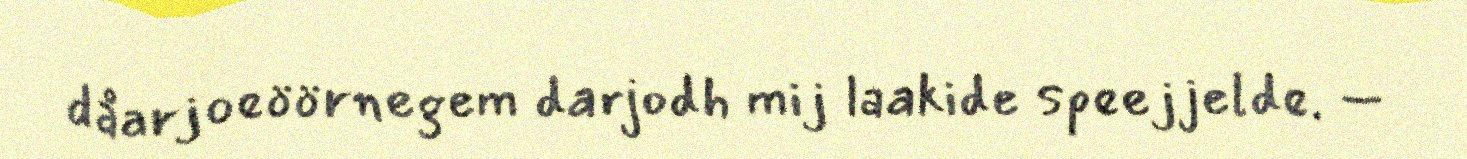
dåarjoeöörnegem darjodh mij laakide speejjelde. –